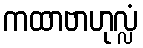
ကထာဗာဟုလ္လံ